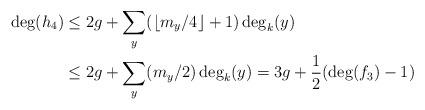
LaTeX: \begin{align*}\deg(h_4) &\leq 2g + \sum_y (\lfloor m_y/4 \rfloor +1) \deg_k(y)\\& \leq 2g + \sum_y (m_y/2) \deg_k(y) = 3g + \frac{1}{2}(\deg(f_3) -1)\end{align*}